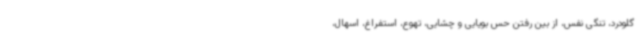
گلودرد، تنگی نفس، از بین رفتن حس بویایی و چشایی، تهوع، استفراغ، اسهال،